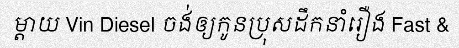
ម្តាយ Vin Diesel ចង់ឲ្យកូនប្រុសដឹកនាំរឿង Fast &